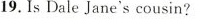
20.IsMrs.Brown Jane's mother?